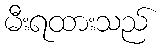
မီးရထားသည်